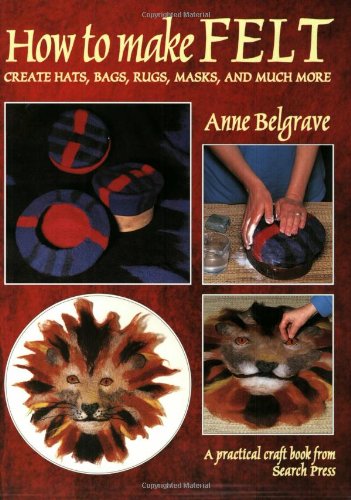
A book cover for How to Make Felt; Anne Belgrave; Crafts, Hobbies & Home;